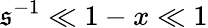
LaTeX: \mathfrak{s}^{-1}\ll1-x\ll1